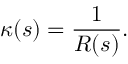
\kappa ( s ) = { \frac { 1 } { R ( s ) } } .